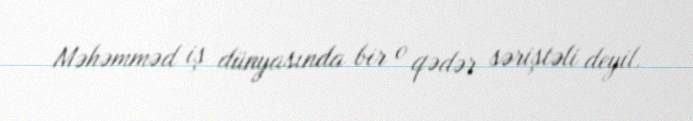
Məhəmməd iş dünyasında bir o qədər səriştəli deyil.